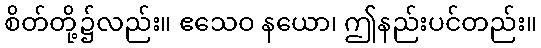
စိတ်တို့၌လည်း။ ဧသေဝ နယော၊ ဤနည်းပင်တည်း။